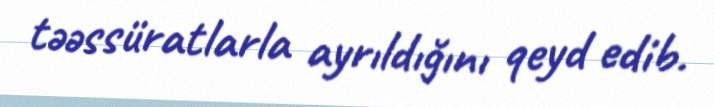
təəssüratlarla ayrıldığını qeyd edib.